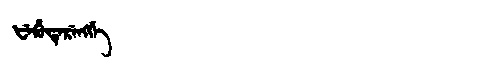
Manchu: ᡶᡝᡥᡠᡨᡝᡵᡝᠩᡤᡝ
Romanization: FEHUTERENGGE